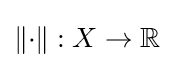
\|{\cdot }\|:X\to \mathbb {R}